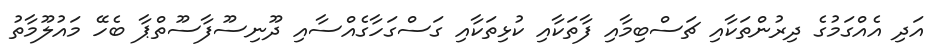
އަދި އެއްގަމުގެ ދިރުންތަކާއި ޗަސްބިމާއި ފާތަކާއި ކުޅިތަކާއި ގަސްގަހާގެއްސާއި ދޫނިސޫފާސޫތްޕާ ބެހޭ މައުލޫމާތު